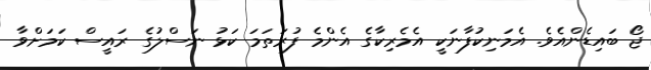
ޖޯ ބައިޑެންއެވެ. އެމަނިކުފާނަކީ އެމެރިކާގެ އެންމެ ފުރަތަމަ ކަޅު ނަސްލުގެ ރައީސް ކަމަށްވާ